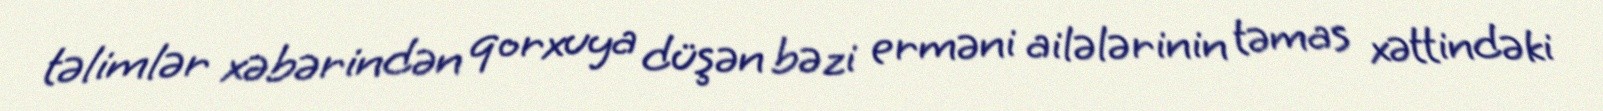
təlimlər xəbərindən qorxuya düşən bəzi erməni ailələrinin təmas xəttindəki